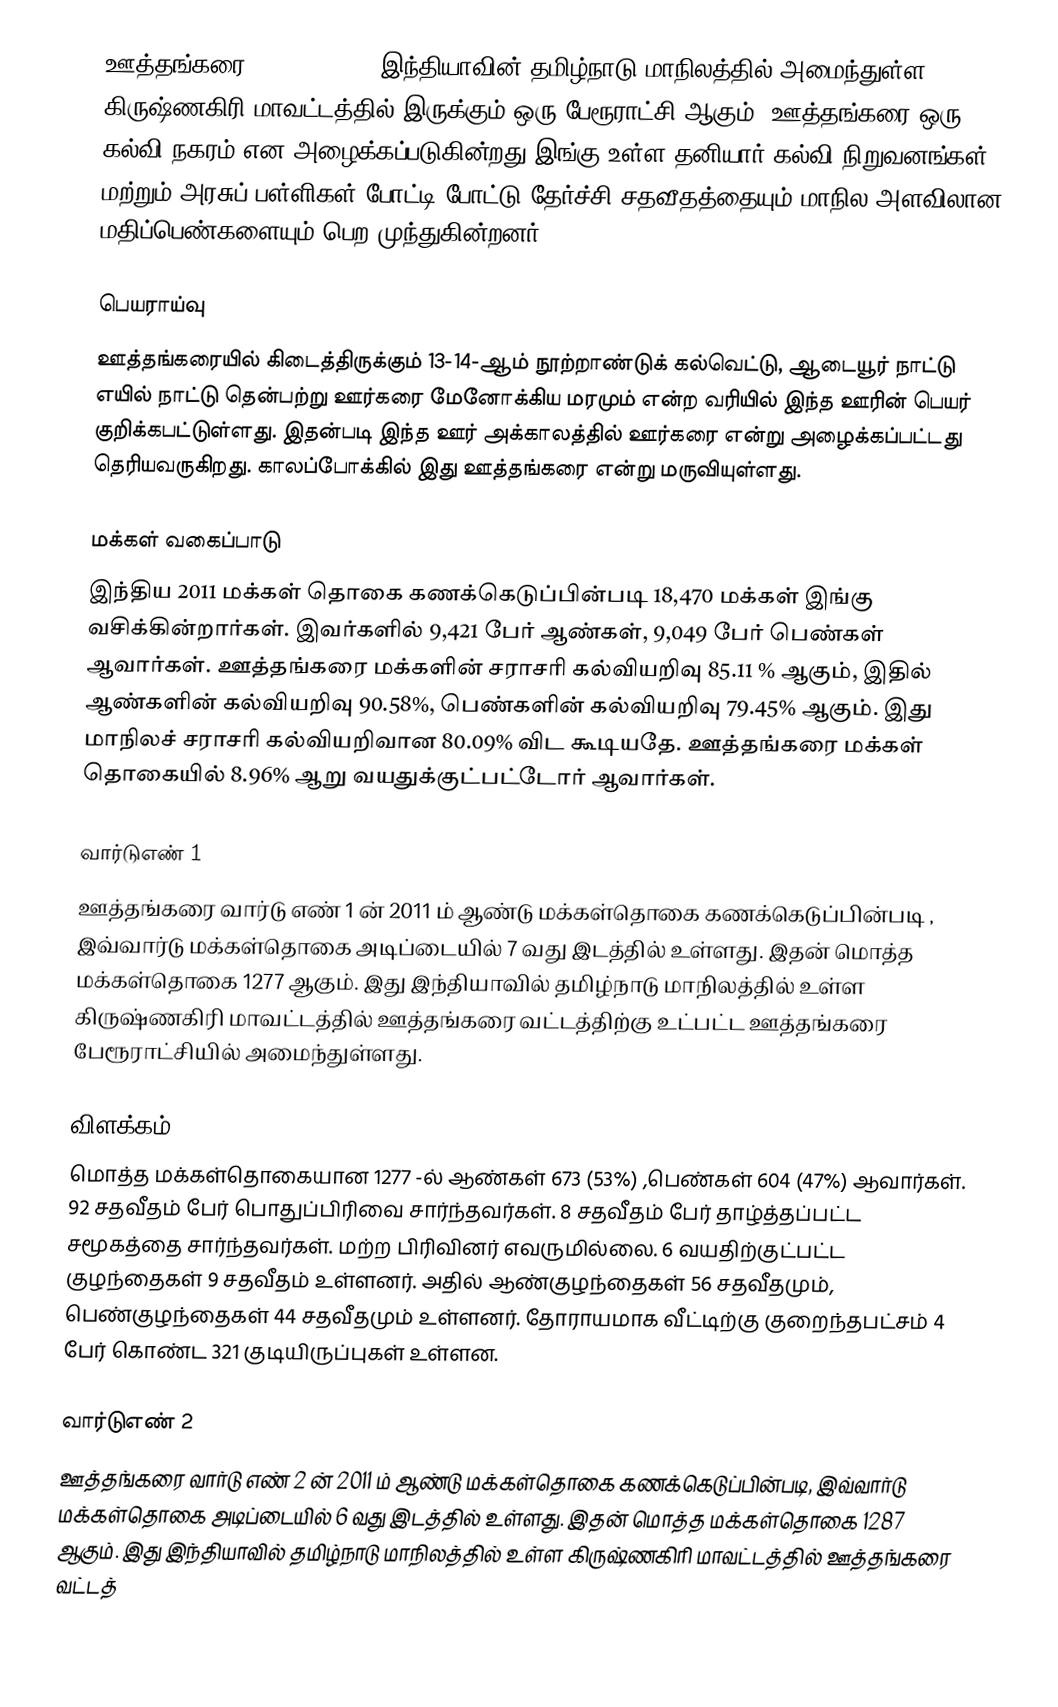
ஊத்தங்கரை (Uthangarai), இந்தியாவின் தமிழ்நாடு மாநிலத்தில் அமைந்துள்ள கிருஷ்ணகிரி மாவட்டத்தில் இருக்கும் ஒரு பேரூராட்சி ஆகும். ஊத்தங்கரை ஒரு கல்வி நகரம் என அழைக்கப்படுகின்றது.இங்கு உள்ள  தனியார் கல்வி நிறுவனங்கள் மற்றும் அரசுப் பள்ளிகள் போட்டி போட்டு தேர்ச்சி சதவீதத்தையும் மாநில அளவிலான மதிப்பெண்களையும் பெற முந்துகின்றனர்.

பெயராய்வு
ஊத்தங்கரையில் கிடைத்திருக்கும் 13-14-ஆம் நூற்றாண்டுக் கல்வெட்டு, ஆடையூர் நாட்டு எயில் நாட்டு தென்பற்று ஊர்கரை மேனோக்கிய மரமும் என்ற வரியில் இந்த ஊரின் பெயர் குறிக்கபட்டுள்ளது. இதன்படி இந்த ஊர் அக்காலத்தில் ஊர்கரை என்று அழைக்கப்பட்டது தெரியவருகிறது. காலப்போக்கில் இது ஊத்தங்கரை என்று மருவியுள்ளது.

மக்கள் வகைப்பாடு
இந்திய 2011 மக்கள் தொகை கணக்கெடுப்பின்படி 18,470 மக்கள் இங்கு வசிக்கின்றார்கள். இவர்களில் 9,421 பேர் ஆண்கள், 9,049 பேர் பெண்கள் ஆவார்கள். ஊத்தங்கரை மக்களின் சராசரி கல்வியறிவு 85.11 % ஆகும், இதில் ஆண்களின் கல்வியறிவு 90.58%, பெண்களின் கல்வியறிவு 79.45% ஆகும். இது மாநிலச் சராசரி கல்வியறிவான 80.09% விட கூடியதே. ஊத்தங்கரை மக்கள் தொகையில் 8.96% ஆறு வயதுக்குட்பட்டோர் ஆவார்கள்.

வார்டுஎண் 1
ஊத்தங்கரை வார்டு எண் 1 ன்  2011 ம் ஆண்டு மக்கள்தொகை கணக்கெடுப்பின்படி , இவ்வார்டு மக்கள்தொகை அடிப்டையில் 7 வது இடத்தில் உள்ளது. இதன் மொத்த மக்கள்தொகை 1277 ஆகும். இது இந்தியாவில் தமிழ்நாடு மாநிலத்தில் உள்ள கிருஷ்ணகிரி மாவட்டத்தில் ஊத்தங்கரை வட்டத்திற்கு உட்பட்ட ஊத்தங்கரை பேரூராட்சியில் அமைந்துள்ளது.

விளக்கம்
மொத்த மக்கள்தொகையான 1277 -ல் ஆண்கள் 673 (53%) ,பெண்கள் 604 (47%) ஆவார்கள். 92 சதவீதம் பேர் பொதுப்பிரிவை சார்ந்தவர்கள். 8 சதவீதம் பேர் தாழ்த்தப்பட்ட சமூகத்தை சார்ந்தவர்கள். மற்ற பிரிவினர் எவருமில்லை. 6 வயதிற்குட்பட்ட குழந்தைகள் 9 சதவீதம் உள்ளனர். அதில் ஆண்குழந்தைகள் 56 சதவீதமும், பெண்குழந்தைகள் 44 சதவீதமும் உள்ளனர். தோராயமாக வீட்டிற்கு குறைந்தபட்சம் 4 பேர் கொண்ட 321 குடியிருப்புகள் உள்ளன.

வார்டுஎண் 2
ஊத்தங்கரை வார்டு எண் 2 ன்  2011 ம் ஆண்டு மக்கள்தொகை கணக்கெடுப்பின்படி, இவ்வார்டு மக்கள்தொகை அடிப்டையில் 6 வது இடத்தில் உள்ளது. இதன் மொத்த மக்கள்தொகை 1287 ஆகும். இது இந்தியாவில் தமிழ்நாடு மாநிலத்தில் உள்ள கிருஷ்ணகிரி மாவட்டத்தில் ஊத்தங்கரை வட்டத்